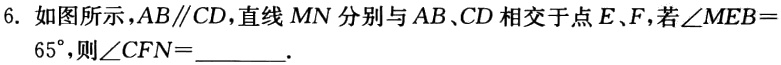
6. 如图所示，\(AB\parallel CD\)，直线\(MN\)分别与\(AB\)、\(CD\)相交于点\(E\)、\(F\)，若\(\angle MEB = 65^{\circ}\)，则\(\angle CFN=\underline{\quad\quad}\).